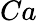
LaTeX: Ca